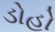
ડોહો